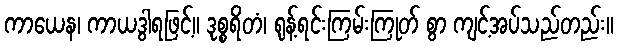
ကာယေန၊ ကာယဒွါရဖြင့်။ ဒုစ္စရိတံ၊ ရုန့်ရင်းကြမ်းကြုတ် စွာ ကျင့်အပ်သည်တည်း။